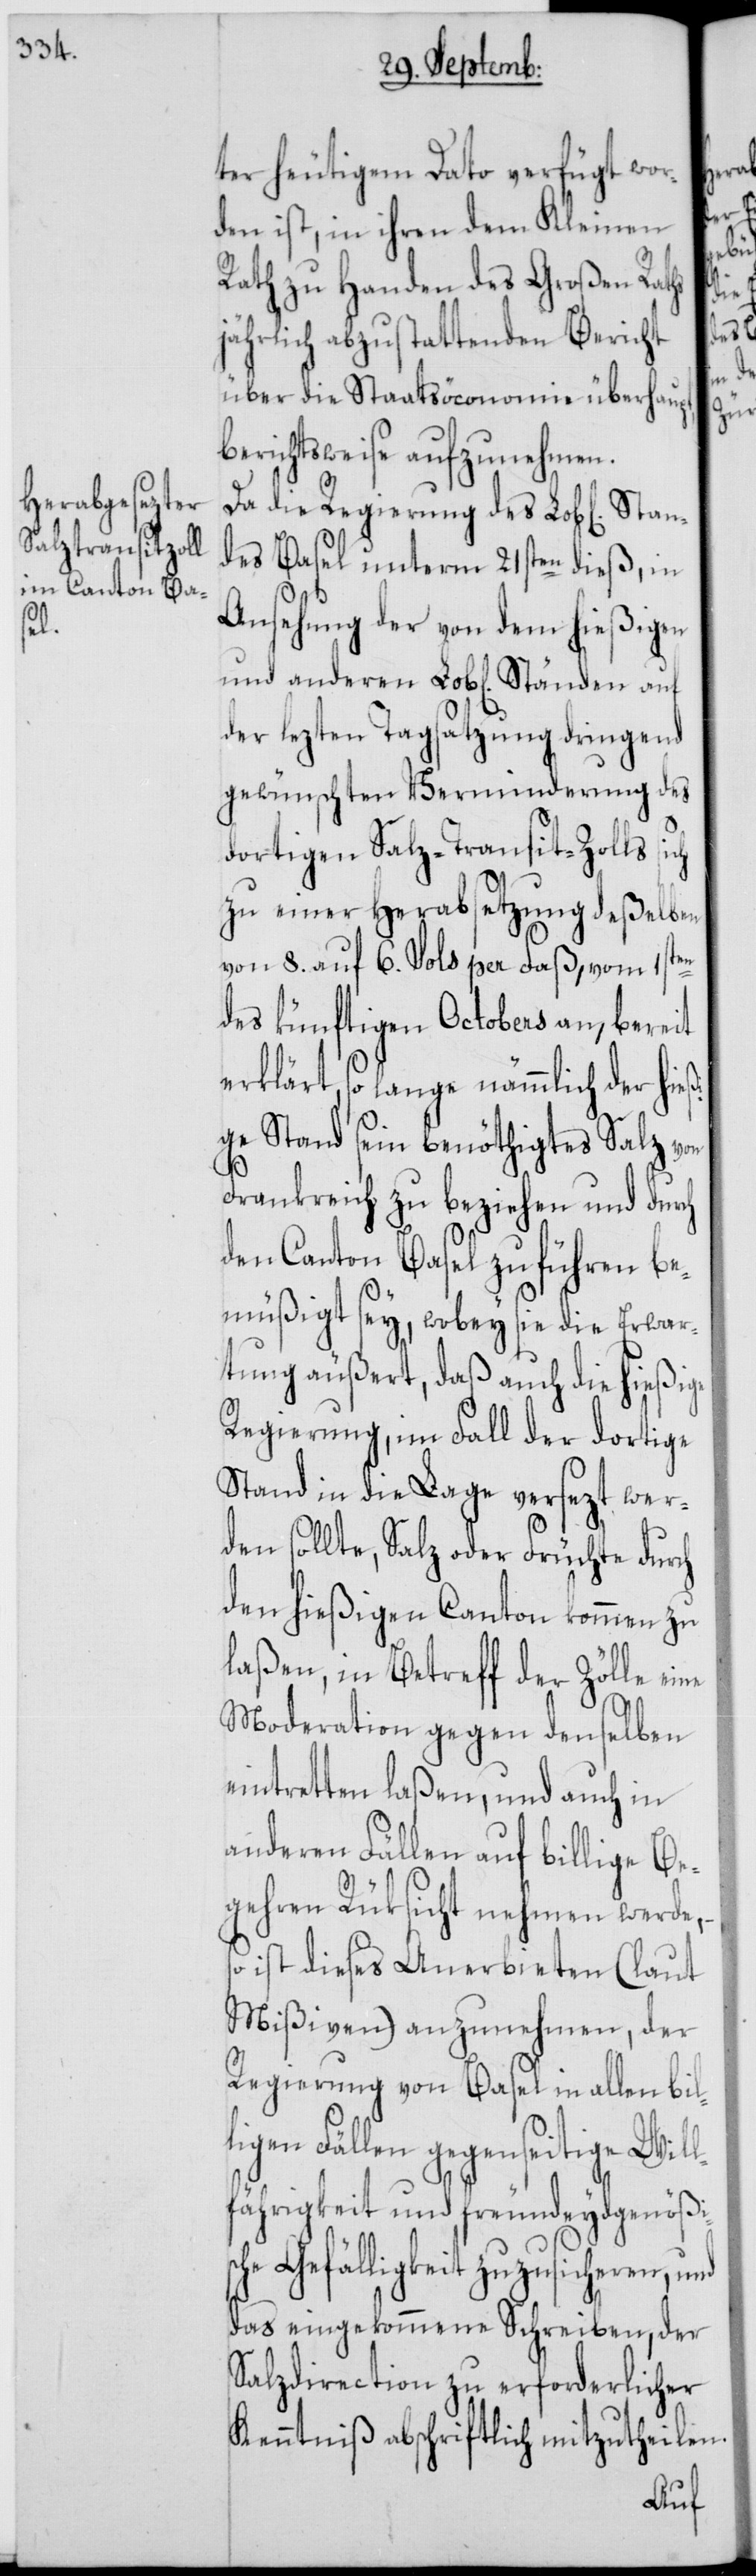
l¬

ter heutigem Dato verfügt wor¬
den ist, in ihren dem Kleinen
Rath zu Handen des Großen Raths
jährlich abzustattenden Bericht
über die Staatsöconomie überhaupt,
berichtsweise aufzunehmen.
Da die Regierung des Lob[lichen]
des Basel unterm 21sten dieß, in
Ansehung der von dem hießigen
der lezten Tagsatzung dringend
gewünschten Verminderung des
dortigen Salz-Transit-Zolls sich
zu einer Herabsetzung deßelben
von 8. auf 6. Sols per Faß, vom 1sten
des künftigen Octobers an, bereit
erklärt, so lange nämmlich der hießi¬
ge Stand sein benöthigtes Salz von
Frankreich zu beziehen und durch
den Canton Basel zu führen be¬
müßigt sey, wobey sie die Erwar¬
tung äußert, daß auch die hießige
Regierung, im Fall der dortige
Stand in die Lage versezt wer¬
den sollte, Salz oder Früchte durch
den hießigen Canton kommen zu
laßen, in Betreff der Zölle eine
Moderation gegen denselben
eintretten laßen, und auch in
anderen Fällen auf billige Be¬
gehren Rüksicht nehmen werde,
ist dieses Anerbieten (laut
Mißiven) anzunehmen, der
Regierung von Basel in allen bi¬
igen Fällen gegenseitige Wil¬
fährigkeit und freundeydgenößis¬
che Gefälligkeit zuzusicheren, und
das eingekommene Schreiben, der
Salzdirection zu erforderlicher
Kenntniß abschriftlich mitzutheilen.
auf

und
anderen